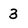
Character: 3